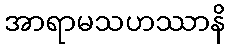
အာရာမသဟဿာနိ